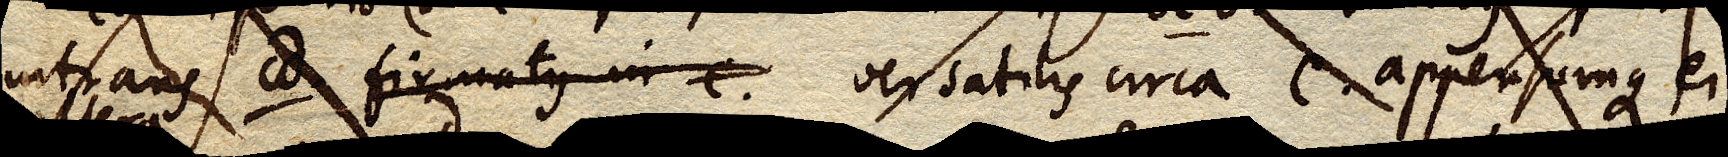
intrans cd firmatus in c. versatilis circa c. appensumque ei